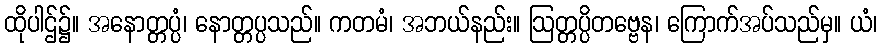
ထိုပါဌ်၌။ အနောတ္တပ္ပံ၊ နောတ္တပ္ပသည်။ ကတမံ၊ အဘယ်နည်း။ ဩတ္တပ္ပိတဗ္ဗေန၊ ကြောက်အပ်သည်မှ။ ယံ၊